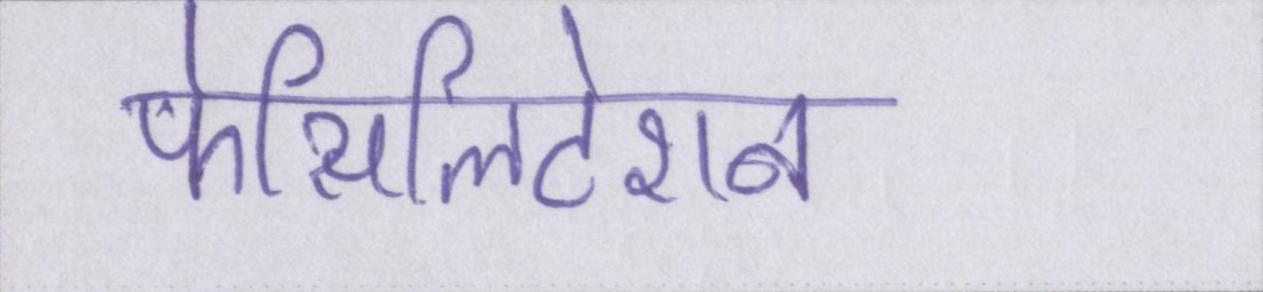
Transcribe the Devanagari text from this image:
फेसिलिटेशन